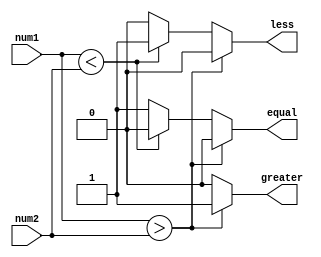
module signed_magnitude_comparator (
    input signed [7:0] num1,
    input signed [7:0] num2,
    output reg greater,
    output reg equal,
    output reg less
);

always @(*) begin
    if (num1 > num2) begin
        greater = 1;
        equal = 0;
        less = 0;
    end else if (num1 < num2) begin
        greater = 0;
        equal = 0;
        less = 1;
    end else begin
        greater = 0;
        equal = 1;
        less = 0;
    end
end

endmodule